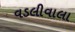
વડલીવાલા